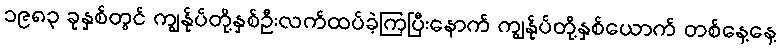
၁၉၈၃ ခုနှစ်တွင် ကျွန်ုပ်တို့နှစ်ဦးလက်ထပ်ခဲ့ကြပြီးနောက် ကျွန်ုပ်တို့နှစ်ယောက် တစ်နေ့နေ့